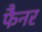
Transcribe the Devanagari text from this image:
फैनर